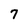
Character: 7